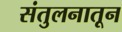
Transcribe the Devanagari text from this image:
संतुलनातून